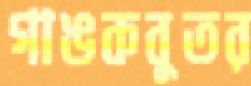
গাঙকবুতর